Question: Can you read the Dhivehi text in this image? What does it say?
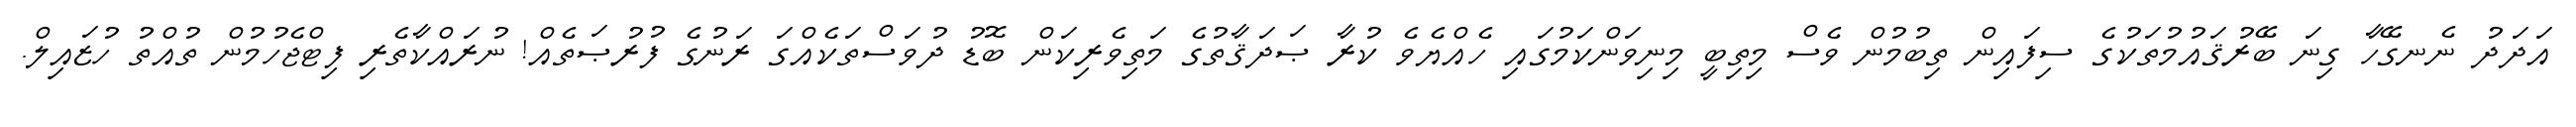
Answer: އަދަދު ނެނގޭހާ ގިނަ ބޭރުޤައުމުތަކުގެ ސިފައިން ތިބުމުން ވެސް މިތިބީ މިނިވަންކަމުގައި ހެއްޔެވެ ކުރާ ޞަދަޤާތުގެ މަތިވެރިކަން ބޮޑު ދުވަސްތަކެއްގަ ރަނުގެ ފުރުޞަތެއް! ނުރައްކާތެރި ފިޓްޖެހުމުން ތުއްތު ހުޒައިލް.